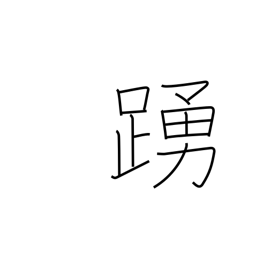
Meaning: leap